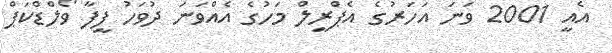
އެއީ 2001 ވަނަ އަހަރުގެ އެޕްރީލް މަހުގެ އެއްވަނަ ދުވަހު ފީފާ ވޯލްޑްކަޕް